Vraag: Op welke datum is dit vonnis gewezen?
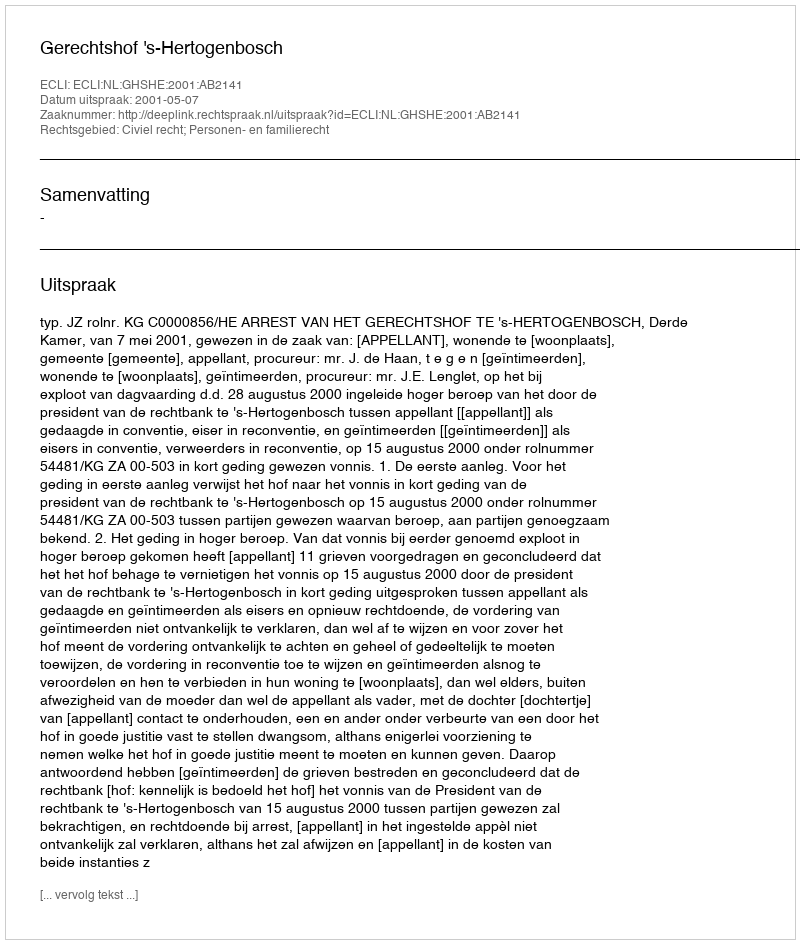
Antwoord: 2001-05-07